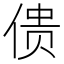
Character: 𰂜